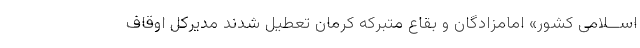
اســلامی کشور» امامزادگان و بقاع متبرکه کرمان تعطیل شدند مدیرکل اوقاف